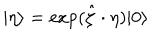
| \eta \rangle = \exp ( \hat { \zeta } \cdot \eta ) | 0 \rangle